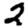
Digit: 2